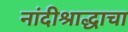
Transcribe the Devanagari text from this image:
नांदीश्राद्धाचा